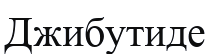
Джибутиде